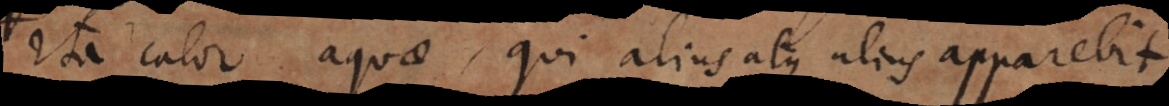
Ita calor aquae, qui alius atque alius apparebit